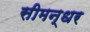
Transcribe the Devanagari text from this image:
सीमन्धर